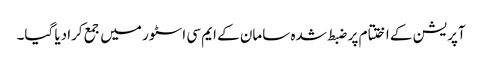
آپریشن کے اختتام پر ضبط شدہ سامان کے ایم سی اسٹور میں جمع کرادیا گیا۔